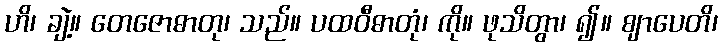
ဟိ၊ ချဲ့။ တေဇောဓာတု၊ သည်။ ပထဝီဓာတုံ၊ ကို။ ဖုသိတွာ၊ ၍။ ဈာပေတိ၊